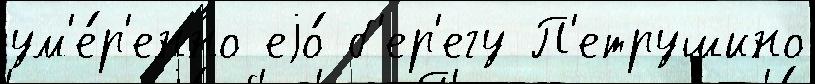
ум'е́р'енно еjо́ б'ер'егу П'етрушино